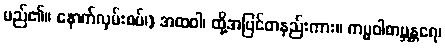
မည်၏။ နောက်လှမ်းစပ်၊) အထဝါ၊ ထို့အပြင်တနည်းကား။ ကမ္မဝါစာဗ္ဘန္တရေ၊